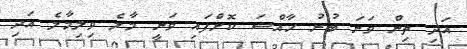
އަދި ތިން ވަނަ ބުރު ހާއްސަ ކޮށްފައި ވަނީ މާލެ ވިލިމާލެ އަދި